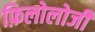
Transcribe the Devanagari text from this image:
फ़िलोलोजी